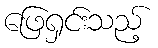
ဖြေရှင်းသည့်